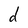
Character: d